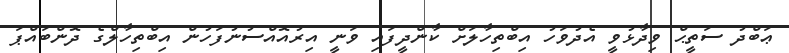
ޢަބްދު ސަތީޙް ވިދާޅުވީ އެދުވަހު އިބްތިހާލަށް ކާންދީފައި ވަނީ އިރުއޮއްސުނުފަހުން އިބްތިހާލްގެ ދޮންބައްޕަ